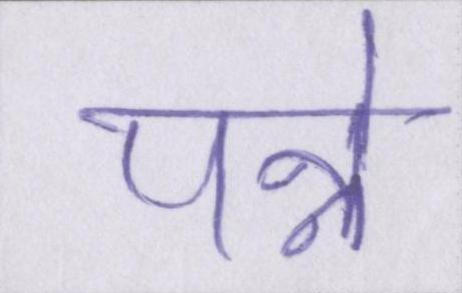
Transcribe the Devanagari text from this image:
पन्ने